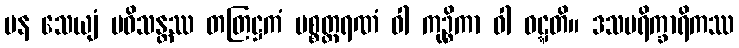
ပန သေယျံ ပဝိသန္တဿ တတြဋ္ဌကံ ပစ္စတ္ထရဏံ ဝါ ကုဉ္စိကာ ဝါ ဝဋ္ဋတိ။ ဒသပရိက္ခာရိကဿ